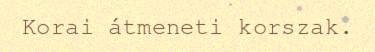
Korai átmeneti korszak.